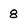
Character: 8